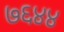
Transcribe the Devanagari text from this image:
७६४४